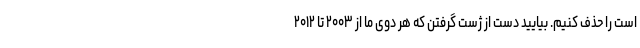
است را حذف کنیم. بیایید دست از ژست گرفتن که هر دوی ما از ۲۰۰۳ تا ۲۰۱۲